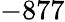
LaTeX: -877